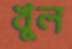
খুল